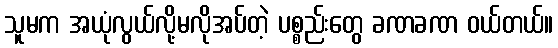
သူမက အယုံလွယ်လို့မလိုအပ်တဲ့ ပစ္စည်းတွေ ခဏခဏ ဝယ်တယ်။